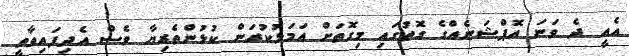
އެއީ ދެ ވަނަ އޮޕްޝަނެއްގެ ގޮތުގައި މިގޮތަށް އަމަލުކުރަން ކުޅުންތެރިޔާ ވެސް އެދިފައިވާތީ